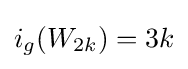
i_{g}(W_{2k})=3k